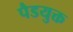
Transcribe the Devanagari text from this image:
पैडयुक्त